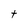
Character: t